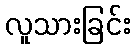
လူသားခြင်း